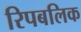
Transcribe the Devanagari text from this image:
रिपबलिक